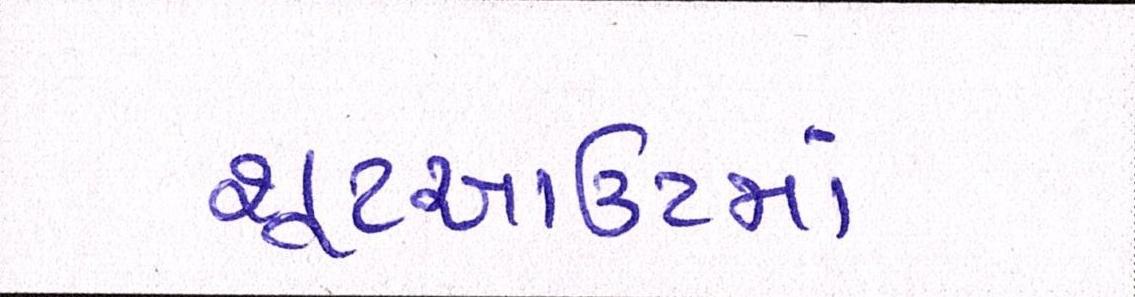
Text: શૂટઆઉટમાં